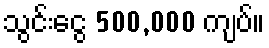
သွင်းငွေ 500,000 ကျပ်။